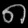
Digit: ၈